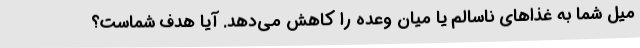
میل شما به غذاهای ناسالم یا میان وعده را کاهش می‌دهد. آیا هدف شماست؟